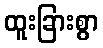
ထူးခြားစွာ